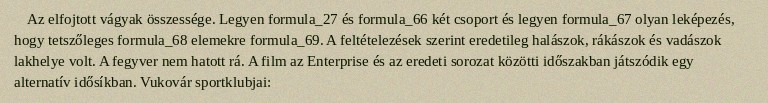
Az elfojtott vágyak összessége. Legyen formula_27 és formula_66 két csoport és legyen formula_67 olyan leképezés, hogy tetszőleges formula_68 elemekre formula_69. A feltételezések szerint eredetileg halászok, rákászok és vadászok lakhelye volt. A fegyver nem hatott rá. A film az Enterprise és az eredeti sorozat közötti időszakban játszódik egy alternatív idősíkban. Vukovár sportklubjai: